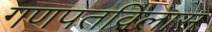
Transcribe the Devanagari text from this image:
गणपतविलास